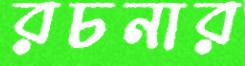
রচনার